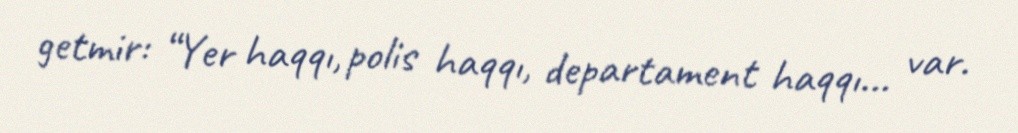
getmir: “Yer haqqı, polis haqqı, departament haqqı... var.